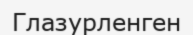
Глазурленген